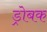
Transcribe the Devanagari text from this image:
ड्रोबक